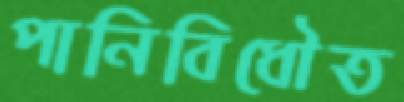
পানিবিধৌত